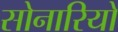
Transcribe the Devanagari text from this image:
सोनारियो